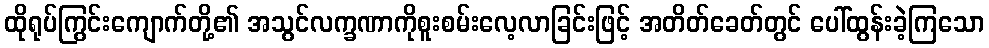
ထိုရုပ်ကြွင်းကျောက်တို့၏ အသွင်လက္ခဏာကိုစူးစမ်းလေ့လာခြင်းဖြင့် အတိတ်ခေတ်တွင် ပေါ်ထွန်းခဲ့ကြသော